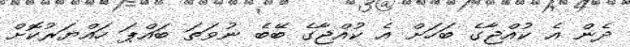
ދެން އެ ކުއްޖާގެ ބަހަށް އެ ކުއްޖާގެ ބޭބެ ނުވަތަ ބައްޕަ ހައްޔަރުކޮށް